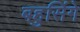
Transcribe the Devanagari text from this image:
बहुसिंगे